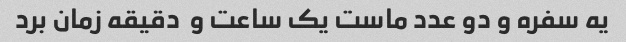
یه سفره و دو عدد ماست یک ساعت و  دقیقه زمان برد